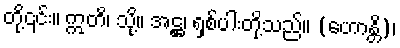
တို့၎င်း။ ဣတိ၊ သို့။ အဋ္ဌ၊ ရှစ်ပါးတို့သည်။ (ဟောန္တိ)၊